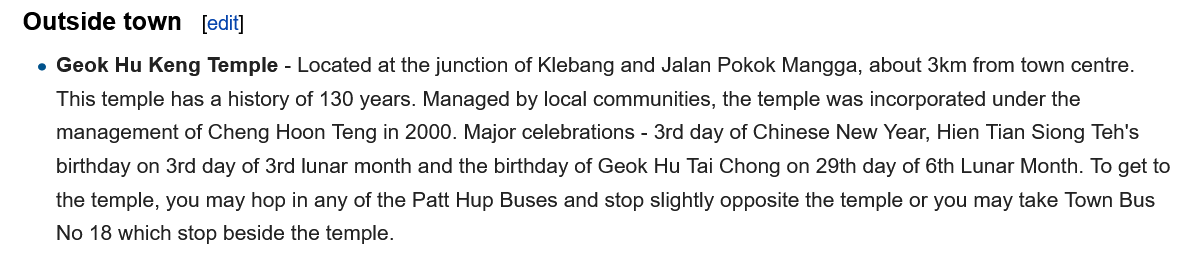
e Geok Hu Keng Temple - Located at the junction of Klebang and Jalan Pokok Mangga, about 3km from town centre.
     This temple has a history of 130 years. Managed by local communities, the temple was incorporated under the
     management of Cheng Hoon Teng in 2000. Major celebrations
     -
     3rd day of Chinese New Year, Hien Tian Siong Teh's
     birthday on 3rd day of 3rd lunar month and the birthday of Geok Hu Tai Chong on 29th day of 6th Lunar Month. To get to
     the temple, you may hop in any of the Patt Hup Buses and stop slightly opposite the temple or you may take Town Bus.
     No 18 which stop beside the temple.
   Outside town   [edit]